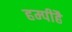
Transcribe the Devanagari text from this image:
हम्पीहै